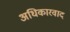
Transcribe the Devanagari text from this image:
अधिकारवाद